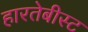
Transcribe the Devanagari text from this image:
हारतेबीस्ट